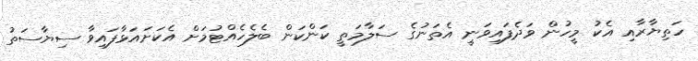
ހަތިޔާރާއި އެކު މީހުން ވަދެފައިވަނީ އެތަނުގެ ސަލާމަތީ ކަންކަން ބެލެހެއްޓުމަށް އެކަށައަޅާފައިވާ ސިޔާސަތު